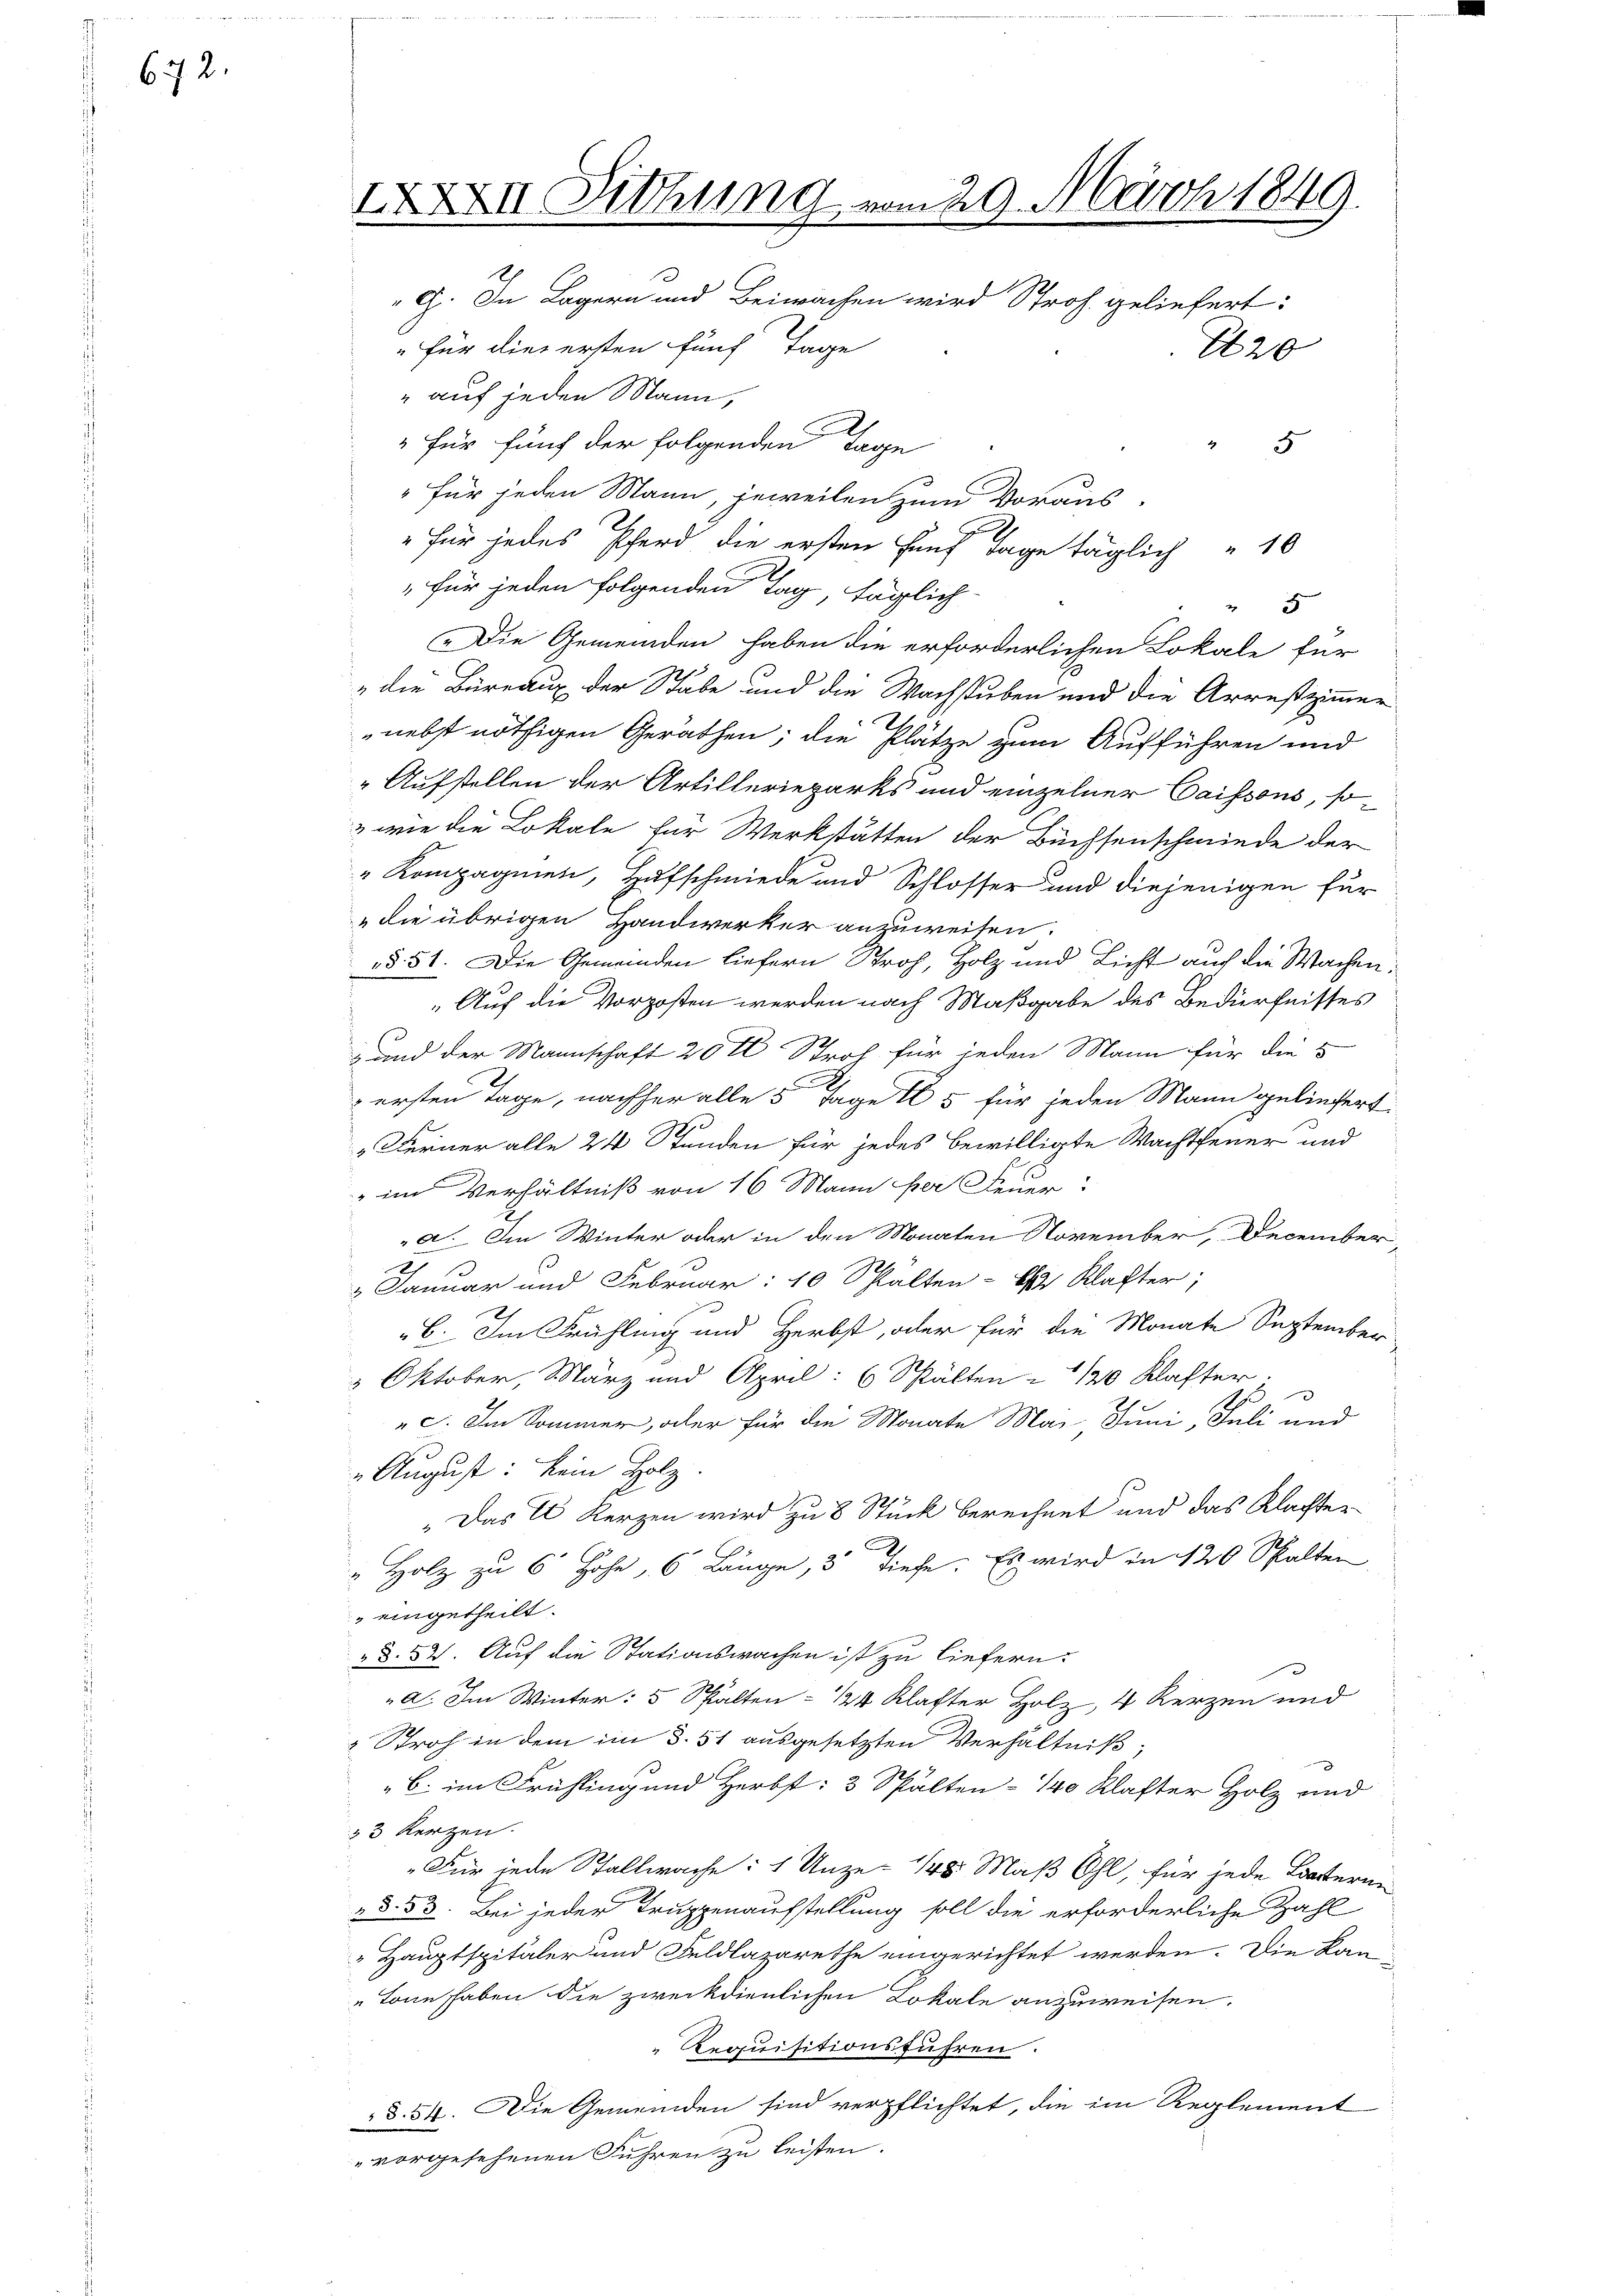
672.

IXXVII. Lithung vom 29. März 1849.
G. In Lagern und Beiwachen wird Stroh geliefert:
"Für dies ersten fünf Tage
220
" auf jeden Mann,

für fünf der folgenden Tage
 5
" für jeden Mann, jeweilen zum Voraus-
" für jedes Pferd die ersten fünf Tage täglich 10
 für jeden folgenden Tag, täglich
5
Die Gemeinden haben die erforderlichen Lokale für
„die Büreaux der Stäbe und die Wachstuben und die Arrestzimmer
nebst nöthigen Geräthen; die Plätze zum Aufführen und
" Aufstellen der Artillerieparks und einzelner Caissons, so¬
& wie die Lokale für Werkstätten der Büchsenschmiede der
"Kompagnien, Hufschmiede und Schlosser und diejenigen für
" die übrigen Handwerker anzuweiten.
§ 51. Die Gemeinden liefern Stroh, Holz und Licht auch die Wachen.
„Auf die Vorzosen werden nach Maßgabe des Bedürfnisses
und der Mannschaft 20 t Stroh für jeden Mann für die 5
ersten Tage, nachher alle 5 Tage I 5 für jeden Mann geliefert
 Ferner alle 24 Stunden für jedes bewilligte Wachtfeuer und
" im Verhältniß von 16 Mann per Feuer
a. Im Winter oder in den Monaten November, December,
„Januar und Februar: 10 Schalten - 6 Klafter;
b. Im Frühling und Herbst, oder für die Monate September
" Oktober, März und April: 6 Schälten = 10 Klafter.
)
„c. Im Sommer, oder für die Monate Mai- Juni, Juli und
„August: kein Holz.
„Das E. Kerzen wird zu 8 Stück berechnet und das Klachter
" Holz zu 6 Hohe, 6 Länge, 5 Tiefe. Es wird in 120 Spalten
 eingetheilt.
§§. 52. Auf die Stationswachen ist zu liefern.
a. Im Winter: 5 Spalten = 124 Klafter Holz, 4 Kerzen und
 Stroh in dem im §. 51 ausgesetzten Verhältniß,
C. im Frühling und Herbst: 3 Spalten- 140 Klafter Holz und
33 Kerzen.
"Für jede Stallwache: 1 Unze- 148. Maß Ohl, für jede Lasterne
§. 53. Bei jeder Truppenaufstellung soll die erforderliche Zahl
 Hauptspitäler und Feldlazarethe eingerichtet werden. Die Kan¬
" kann haben die zweckdienlichen Lokale anzuweisen.
Requisitionsführen.
§. 54. Die Gemeinden sind verpflichtet, die im Reglement
vorgesehenen Fuhren zu leisten.